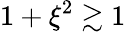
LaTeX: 1+\xi^{2}\gtrsim 1